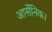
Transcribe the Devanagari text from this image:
आर्सेनिक।